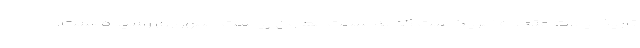
تاریخ ایالات متحده آمریکاست که به سمت معاون ریاست جمهوری رسیده است.